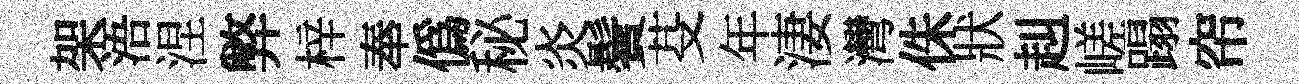
架浯涅弊梓奉僞秘炎鬢芟年淒灣侏狀赳嵯蹋帘